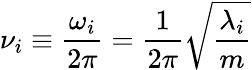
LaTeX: \nu_{i}\equiv\frac{\omega_{i}}{2\pi}=\frac{1}{2\pi}\sqrt{\frac{\lambda_{i}}{m}}